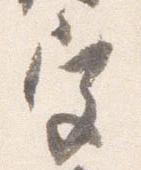
宮